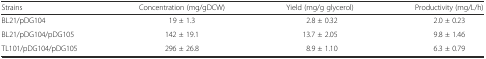
<table><thead><tr><td><b>Strains</b></td><td><b>Concentration (mg/gDCW)</b></td><td><b>Yield (mg/g glycerol)</b></td><td><b>Productivity (mg/L/h)</b></td></tr></thead><tbody><tr><td>BL21/pDG104</td><td>19 ± 1.3</td><td>2.8 ± 0.32</td><td>2.0 ± 0.23</td></tr><tr><td>BL21/pDG104/pDG105</td><td>142 ± 19.1</td><td>13.7 ± 2.05</td><td>9.8 ± 1.46</td></tr><tr><td>TL101/pDG104/pDG105</td><td>296 ± 26.8</td><td>8.9 ± 1.10</td><td>6.3 ± 0.79</td></tr></tbody></table>